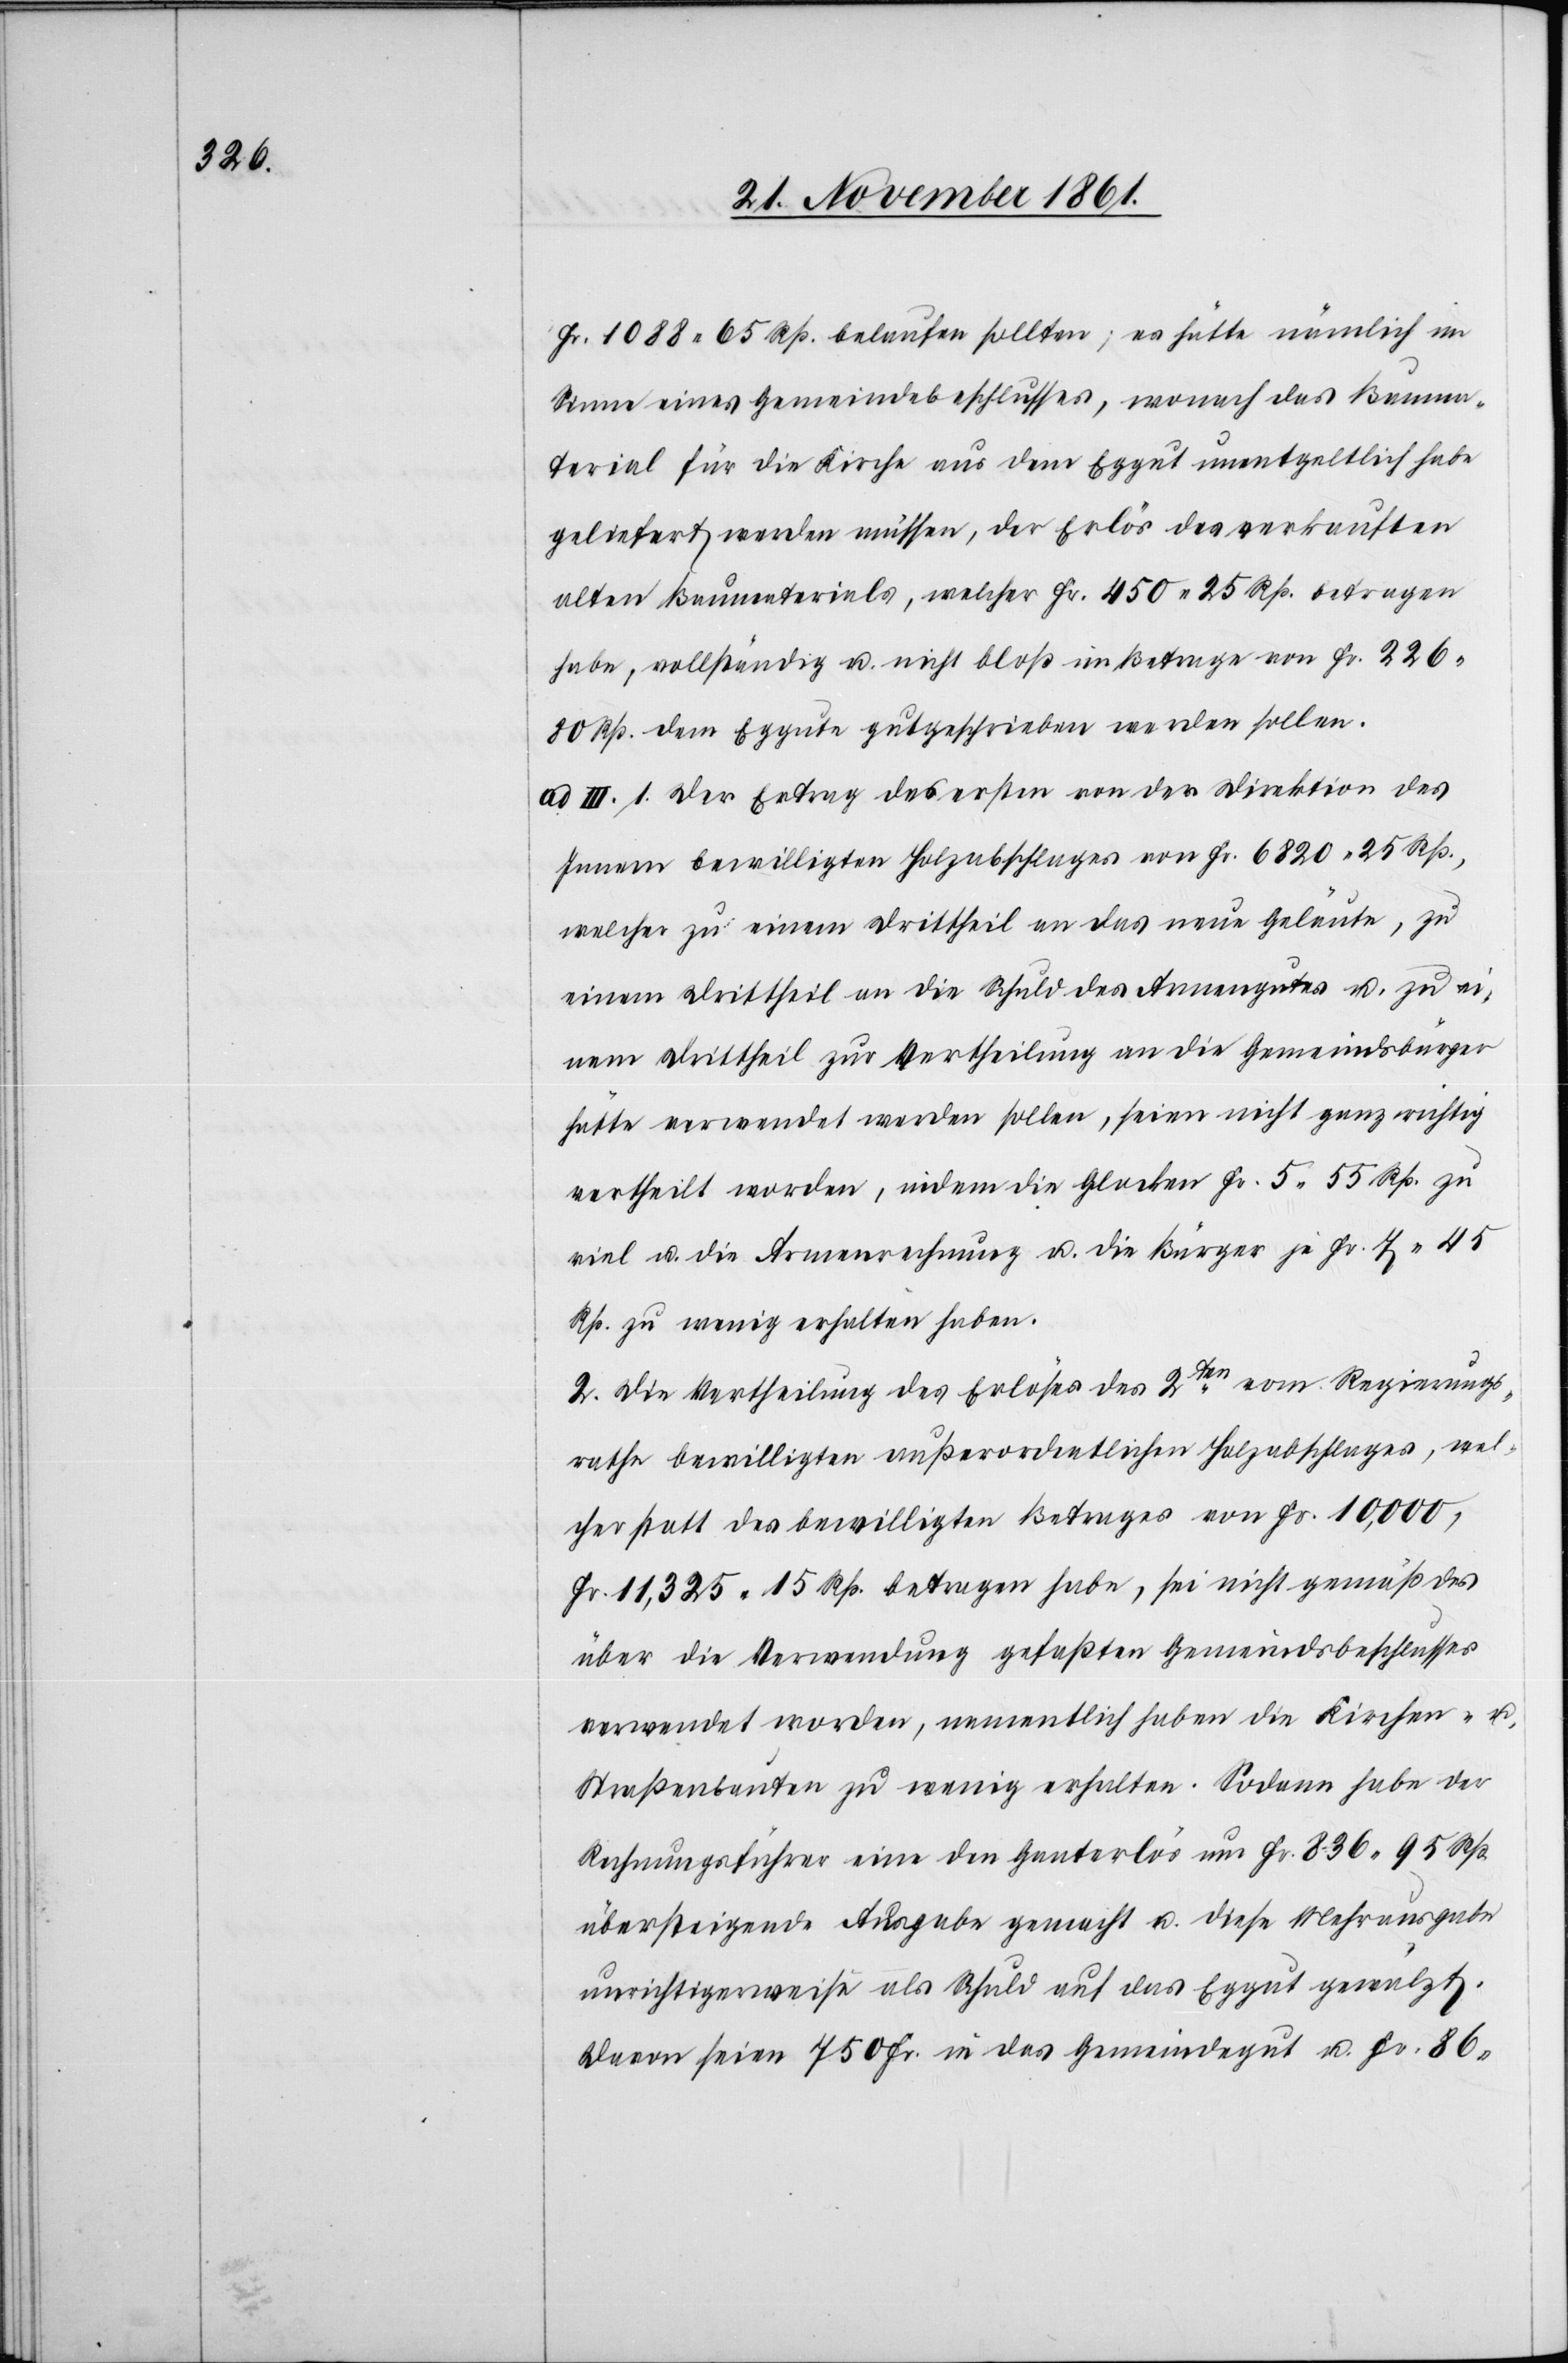
Fr. 1088.65 Rp. belaufen sollten; es hätte nämlich im
Sinne eines Gemeindebeschlusses, wonach das Bauma¬
terial für die Kirche aus dem Eggut unentgeltlich habe
geliefert werden müssen, der Erlös des verkauften
alten Baumaterials, welcher Fr. 450.25 Rp. betragen
habe, vollständig u. nicht bloß im Betrage von Fr. 226.80
Rp. dem Eggute gutgeschrieben werden sollen.
ad III. 1. Der Ertrag des ersten von der Direktion des
Innern bewilligten Holzabschlages von Fr. 6820.25 Rp.,
welcher zu einem Drittheil an das neue Geläute, zu
einem Drittheil an die Schuld des Armengutes u. zu ei¬
nem Drittheil zur Vertheilung an die Gemeindsbürger
hätte verwendet werden sollen, seien nicht ganz richtig
vertheilt worden, indem die Glocken Fr. 5.55 Rp. zu
viel u. die Armenrechnung u. die Bürger je Fr. 7.45
Rp. zu wenig erhalten haben.
2. Die Vertheilung des Erlöses des 2ten vom Regierungs¬
rathe bewilligten außerordentlichen Holzabschlages, wel¬
cher statt des bewilligten Betrages von Fr. 10,000,
Fr. 11,325.15 Rp. betragen habe, sei nicht gemäß des
über die Verwendung gefaßten Gemeindsbeschlusses
verwendet worden, namentlich haben die Kirchen- u.
Straßenbauten zu wenig erhalten. Sodann habe der
Rechnungsführer eine den Ganterlös um Fr. 836.95 Rp.
übersteigende Ausgabe gemacht u. diese Mehrausgabe
unrichtigerweise als Schuld auf das Eggut gewälzt.
Davon seien 750 Fr. in das Gemeindgut u. Fr. 86.